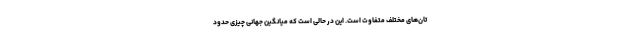
تان‌های مختلف متفاوت است. این در حالی است که میانگین جهانی چیزی حدود